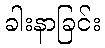
ခါးနာခြင်း